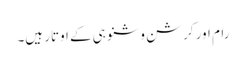
رام اور کرشن وشنو ہی کے اوتار ہیں۔